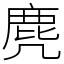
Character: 麂